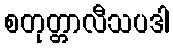
စတုတ္တာလီသပဒါ